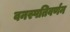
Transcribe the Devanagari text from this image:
वनस्पतिवर्णन